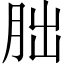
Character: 朏